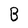
Character: B